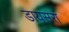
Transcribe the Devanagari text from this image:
डायसरा